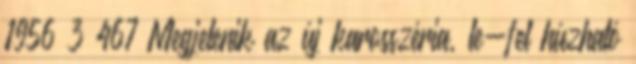
1956 3 467 Megjelenik az új karosszéria, le-fel húzható